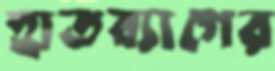
হাতব্যাগের